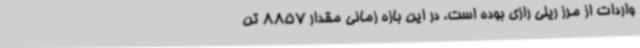
واردات از مرز ریلی رازی بوده است. در این بازه زمانی مقدار 8857 تن